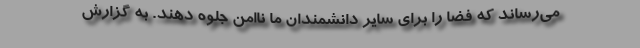
می‌رساند که فضا را برای سایر دانشمندان ما ناامن جلوه دهند. به گزارش